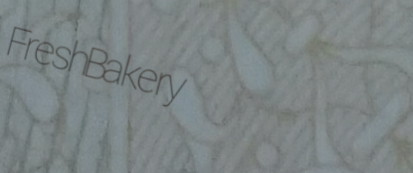
FreshBakery